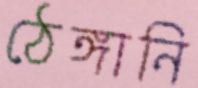
ঠেঙ্গানি